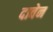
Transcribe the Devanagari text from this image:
दावेन